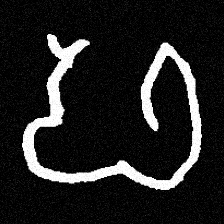
Pyu character \u2014 Myanmar letter: ဖ (romanized: pha)